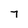
Character: 7